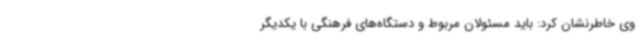
وی خاطرنشان کرد: باید مسئولان مربوط و دستگاه‌های فرهنگی با یکدیگر